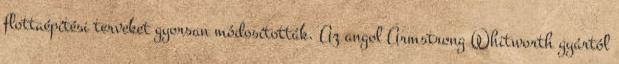
flottaépítési terveket gyorsan módosították. Az angol Armstrong Whitworth gyártól